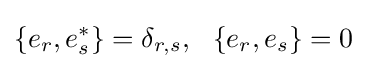
\{e_{r},e_{s}^{*}\}=\delta _{r,s},\,\,\,\,\{e_{r},e_{s}\}=0